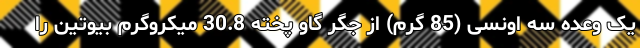
یک وعده سه اونسی (85 گرم) از جگر گاو پخته 30.8 میکروگرم بیوتین را